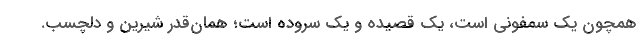
همچون یک سمفونی است، یک قصیده و یک سروده است؛ همان‌قدر شیرین و دلچسب.